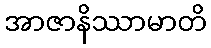
အာဇာနိဿာမာတိ